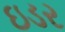
ઇડર